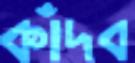
কাঁদব